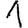
Digit: 1